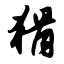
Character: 猾